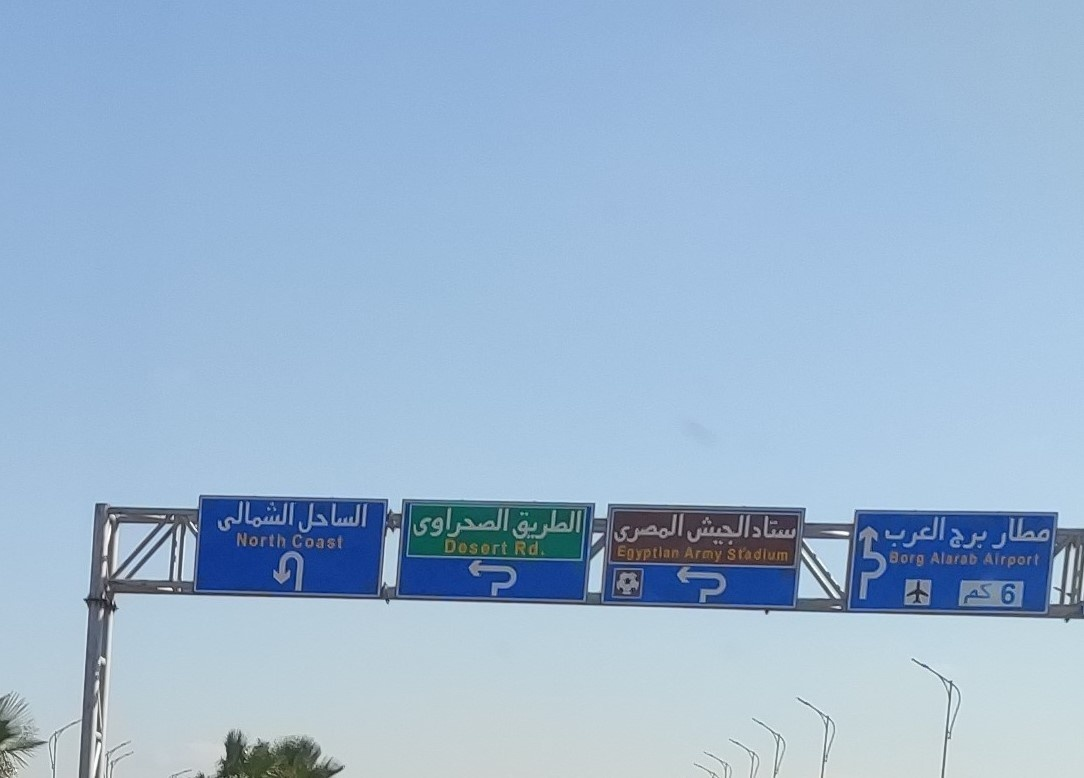
Text in image: الشمالى الساحل الصحراوى الطريق المصرى ستاد الجيش مطار العرب برج كم North Coast Desert Rd Egyptian Army Stadium Alarab Borg Airport 6